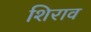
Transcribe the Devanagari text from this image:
शिराव